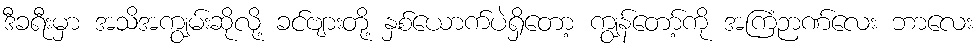
ဒီခရီးမှာ အသိအကျွမ်းဆိုလို့ ခင်ဗျားတို့ နှစ်ယောက်ပဲရှိတော့ ကျွန်တော့်ကို အကြံဉာဏ်လေး ဘာလေး